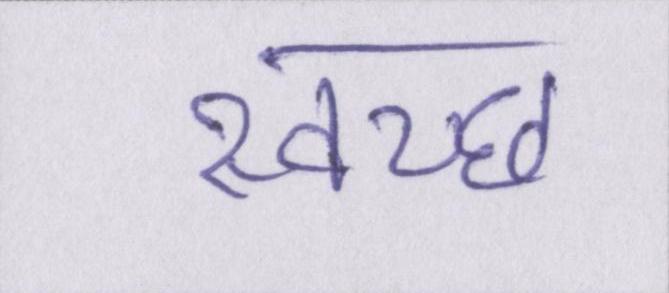
स्वच्छ